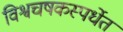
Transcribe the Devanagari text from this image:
विश्वचषकस्पर्धेत